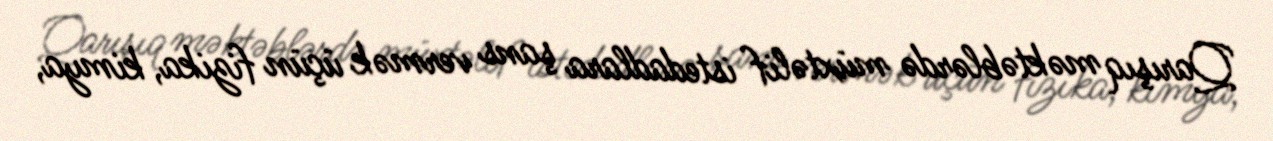
Qarışıq məktəblərdə müxtəlif istedadlara şans vermək üçün fizika, kimya,